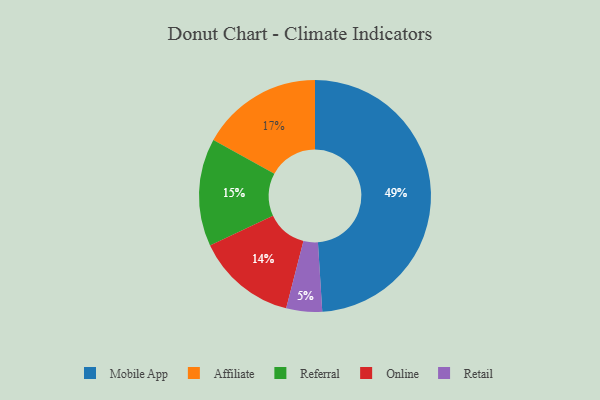
{"axis": {"x": "Category", "y": "Percentage"}, "legend": ["Affiliate", "Mobile App", "Online", "Referral", "Retail"], "data": [{"x": "Retail", "y": 5, "type": "Retail"}, {"x": "Affiliate", "y": 17, "type": "Affiliate"}, {"x": "Referral", "y": 15, "type": "Referral"}, {"x": "Online", "y": 14, "type": "Online"}, {"x": "Mobile App", "y": 49, "type": "Mobile App"}]}